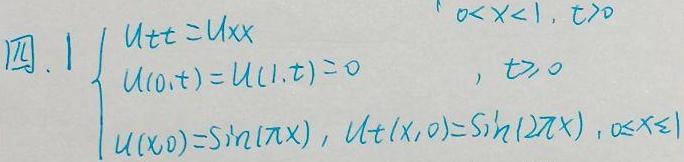
四. 1 $\begin{cases}
u_{tt}=u_{xx}&,0<x<1,t>0\\
u(0,t)=u(1,t)=0&,t>0\\
u(x,0)=\sin(\pi x),u_t(x,0)=\sin(2\pi x)&,0\leq x\leq 1
\end{cases}$